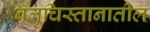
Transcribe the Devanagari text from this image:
बलुचिस्तानातील